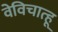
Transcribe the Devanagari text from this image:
वेविचात्हू